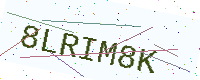
Text: 8LRIM8K